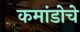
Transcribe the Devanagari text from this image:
कमांडोचे